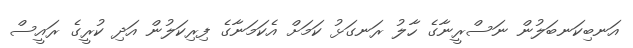
އަނބިކަނބަލުން ނަސްރީނާގެ ހާލު ރަނގަޅު ކަމަށް އެކަމަނާގެ ފިރިކަލުން އަދި ކުރީގެ ރައީސް